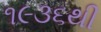
૧૯૩૬થી